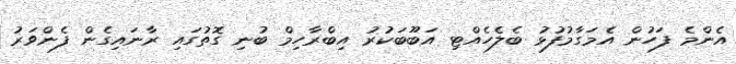
އެންމެ ފަހުން އެމަގާމުފުޅު ބެލެހެއްޓި އަބޫބަކުރު އިބްރާހިމް ބުނި ގޮތުގައި ރާނައިގެން ފެންވަރު